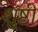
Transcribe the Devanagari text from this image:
शुष्ठी